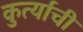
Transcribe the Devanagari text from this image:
कुर्त्याची